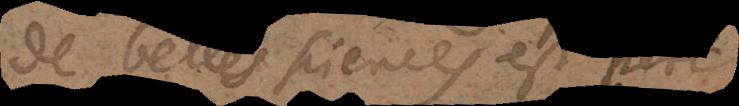
de belles sciences est peri